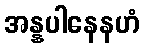
အန္နပါနေနဟံ